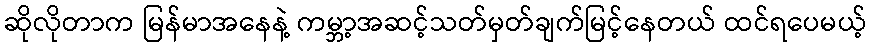
ဆိုလိုတာက မြန်မာအနေနဲ့ ကမ္ဘာ့အဆင့်သတ်မှတ်ချက်မြင့်နေတယ် ထင်ရပေမယ့်